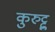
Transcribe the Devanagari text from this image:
कुरुट्टु